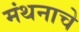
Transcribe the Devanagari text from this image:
मंथनाचे